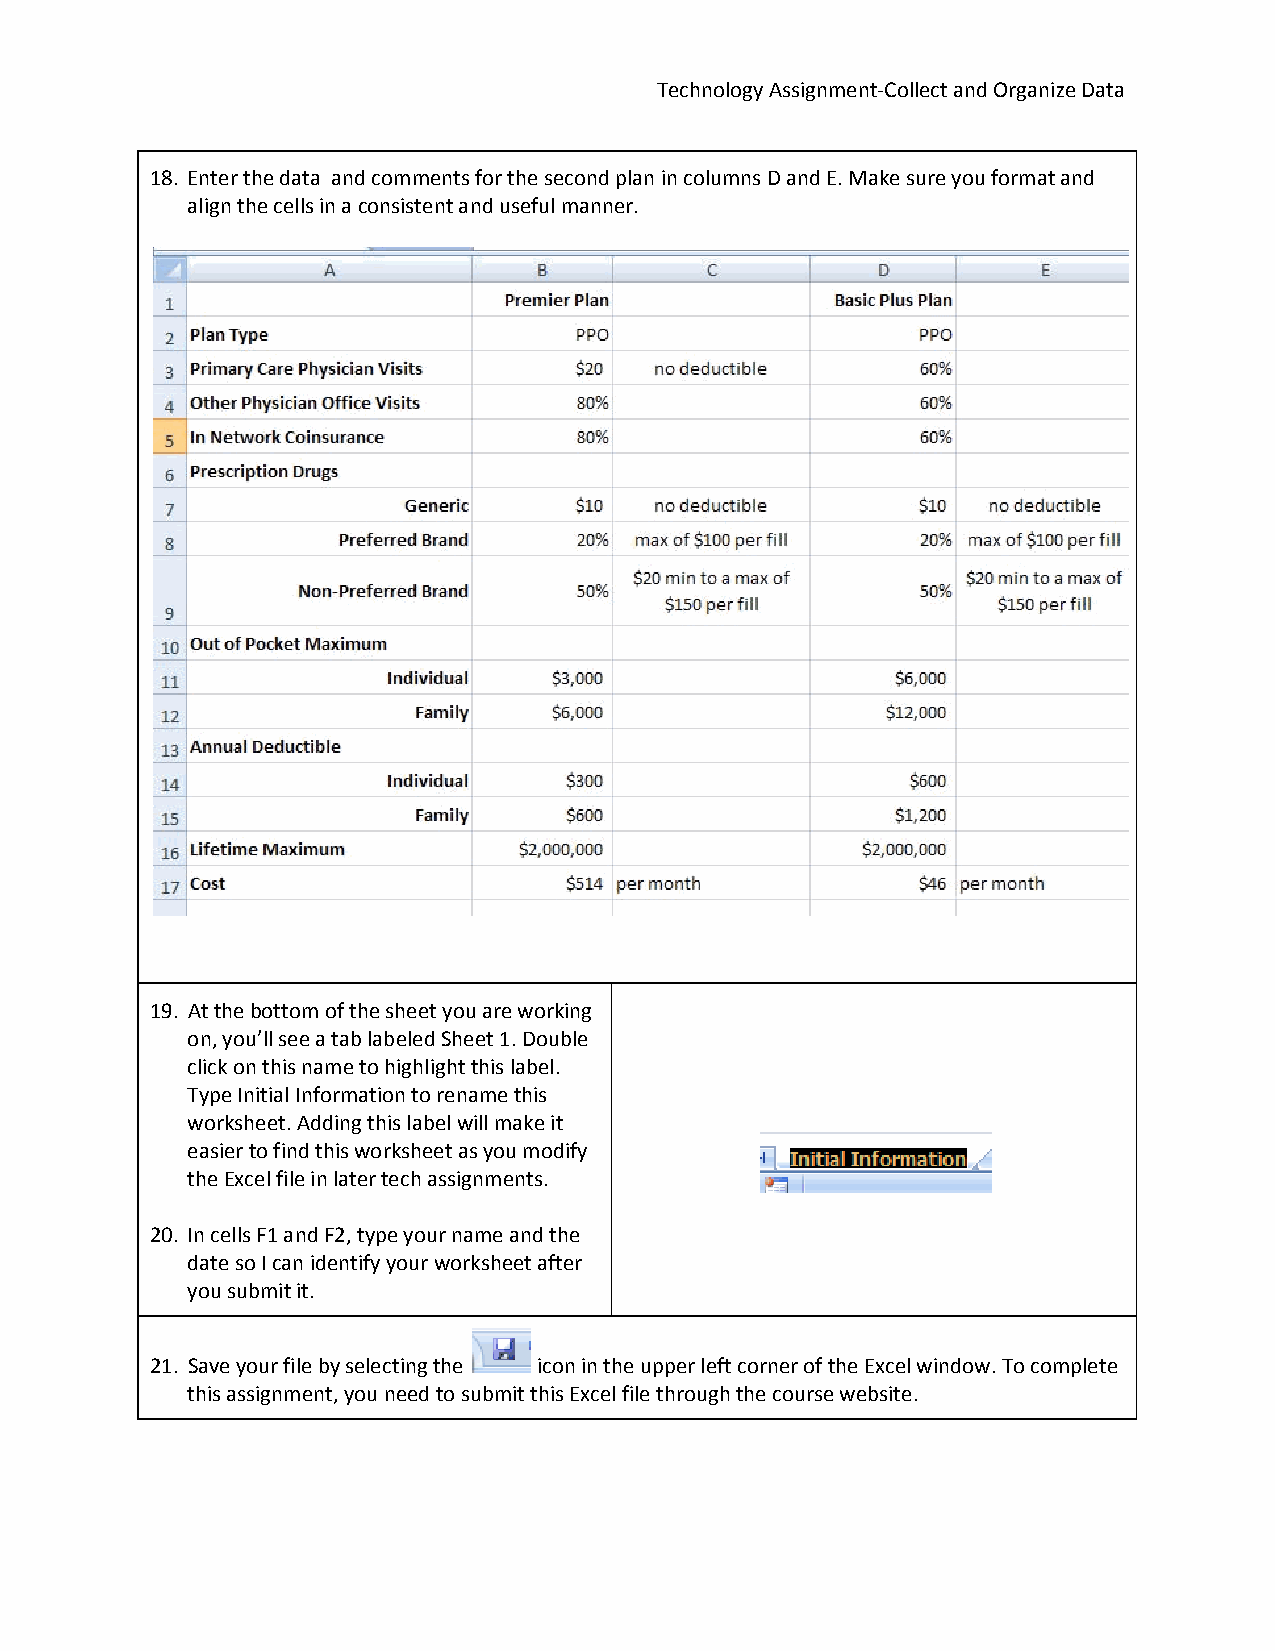
Technology Assignment‐Collect and Organize Data
 18. Enter the data and comments for the second plan in columns D and E. Make sure you format and
 align the cells in a consistent and useful manner.
 19. At the bottom of the sheet you are working
 on, you’ll see a tab labeled Sheet 1. Double
 click on this name to highlight this label.
 Type Initial Information to rename this
 worksheet. Adding this label will make it
 easier to find this worksheet as you modify
 the Excel file in later tech assignments.
 20. In cells F1 and F2, type your name and the
 date so I can identify your worksheet after
 you submit it.
 21. Save your file by selecting the icon in the upper left corner of the Excel window. To complete
 this assignment, you need to submit this Excel file through the course website.